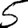
Digit: 5